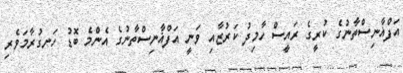
އަފްޣާނިސްތާނުގެ ކުރީގެ ރައީސް ހާމިދު ކަރުޒާއި ވަނީ އަފްޣާނިސްތާނުގެ އެންމެ ބޮޑު ހަނގުރާމަވެރި